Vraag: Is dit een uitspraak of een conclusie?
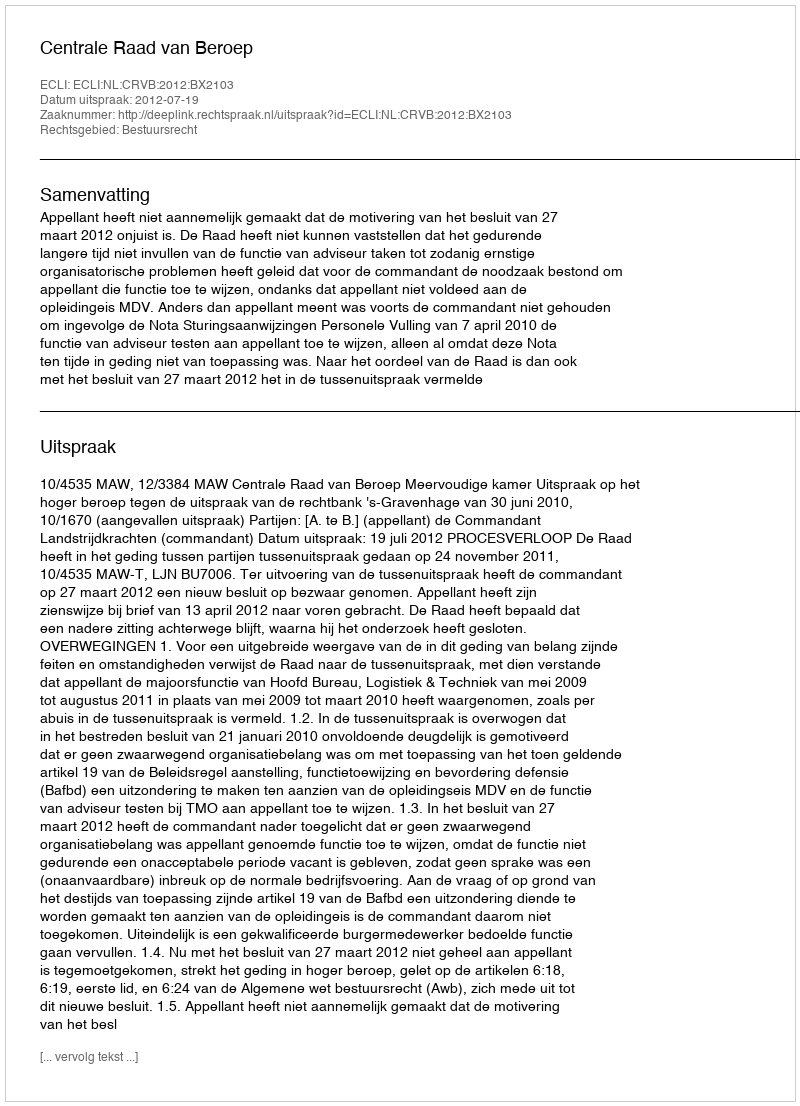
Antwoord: Uitspraak